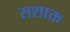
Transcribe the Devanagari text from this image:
सशाक्त